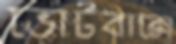
ভোটবাক্সে